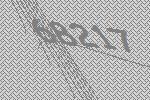
68217